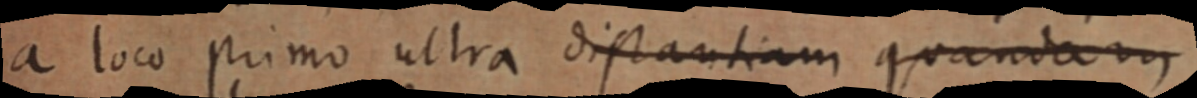
a loco primo ultra distantiam quandam